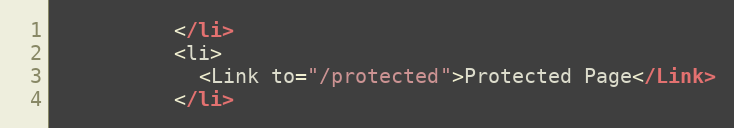
Language: JavaScript
          </li>
          <li>
            <Link to="/protected">Protected Page</Link>
          </li>